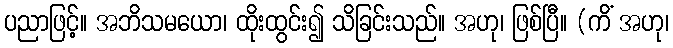
ပညာဖြင့်။ အဘိသမယော၊ ထိုးထွင်း၍ သိခြင်းသည်။ အဟု၊ ဖြစ်ပြီ။ (ကိံ အဟု၊